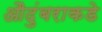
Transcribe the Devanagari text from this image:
औदुंबराकडे